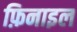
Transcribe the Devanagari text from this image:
फ़िनाइल